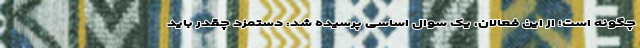
چگونه است؛ از این فعالان، یک سوال اساسی پرسیده شد: دستمزد چقدر باید